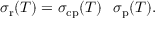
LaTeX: \sigma _ { \mathrm { r } } ( T ) = \sigma _ { \mathrm { c p } } ( T ) \setminus \sigma _ { \mathrm { p } } ( T ) .